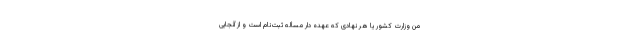
من وزارت کشور یا هر نهادی که عهده دار مسأله ثبت‌نام است و از آنجایی